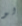
لو